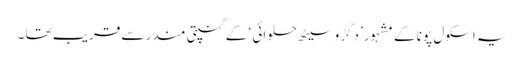
یہ اسکول پونا کے مشہور’دگڑو سیٹھ حلوائی ‘ کے گنپتی مندر سے قریب تھا ۔